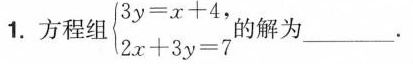
\left\{ \begin{matrix} 3y=x+4 \\ 2x+3y= 7 \end{matrix} \right.的解为___。